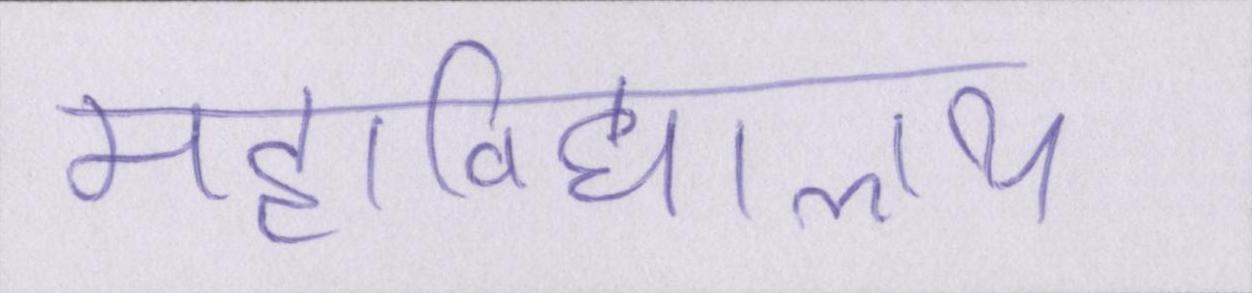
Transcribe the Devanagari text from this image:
महाविद्यालय